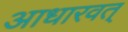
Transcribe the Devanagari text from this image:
आधारवत्